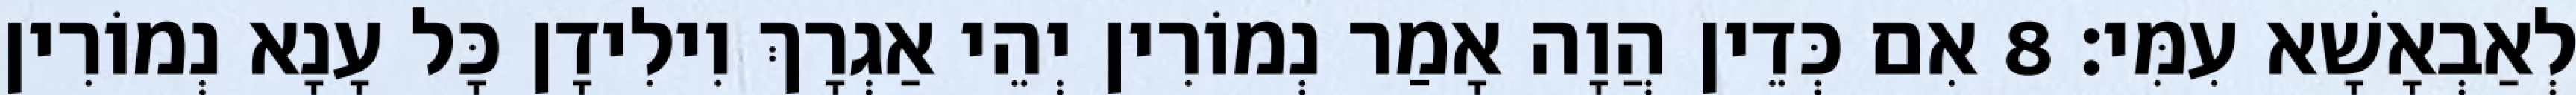
לְאַבְאָשָׁא עִמִּי׃ 8 אִם כְּדֵין הֲוָה אָמַר נְמוֹרִין יְהֵי אַגְרָךְ וִילִידָן כָּל עָנָא נְמוֹרִין